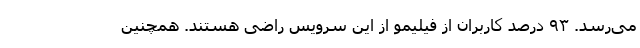
می‌رسد. ۹۳ درصد کاربران از فیلیمو از این سرویس راضی هستند. همچنین